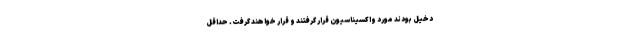
دخیل بودند مورد واکسیناسیون قرار گرفتند و قرار خواهند گرفت. حداقل